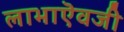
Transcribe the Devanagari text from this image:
लाभाऎवजी